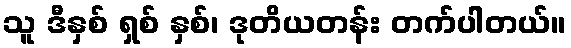
သူ ဒီနှစ် ရှစ် နှစ်၊ ဒုတိယတန်း တက်ပါတယ်။